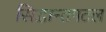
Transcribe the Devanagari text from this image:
सिद्धान्तपटल